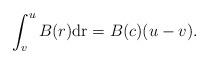
LaTeX: \begin{align*} \int_{v} ^{u} B(r)\mathrm{dr}= B(c)(u-v).\end{align*}